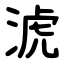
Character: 淲